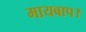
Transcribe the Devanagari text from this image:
मायबाप।